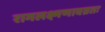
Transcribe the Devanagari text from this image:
रामलक्ष्मणावग्रतः